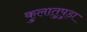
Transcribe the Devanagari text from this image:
कुलातुपुड़ा